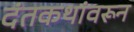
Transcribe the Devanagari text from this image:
दंतकथांवरून